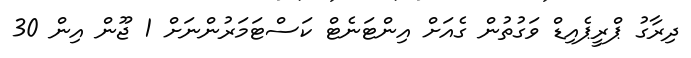
ދިރާގު ޕްރީޕެއިޑް ވަގުތުން ގެއަށް އިންޓަނެޓް ކަސްޓަމަރުންނަށް 1 ޖޫން އިން 30